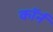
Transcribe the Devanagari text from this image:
कॉर्न